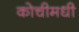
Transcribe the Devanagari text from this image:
कोचीमधी